Mental hospitals Bombay report 1929-33 - 1929-1933
Year: 1929
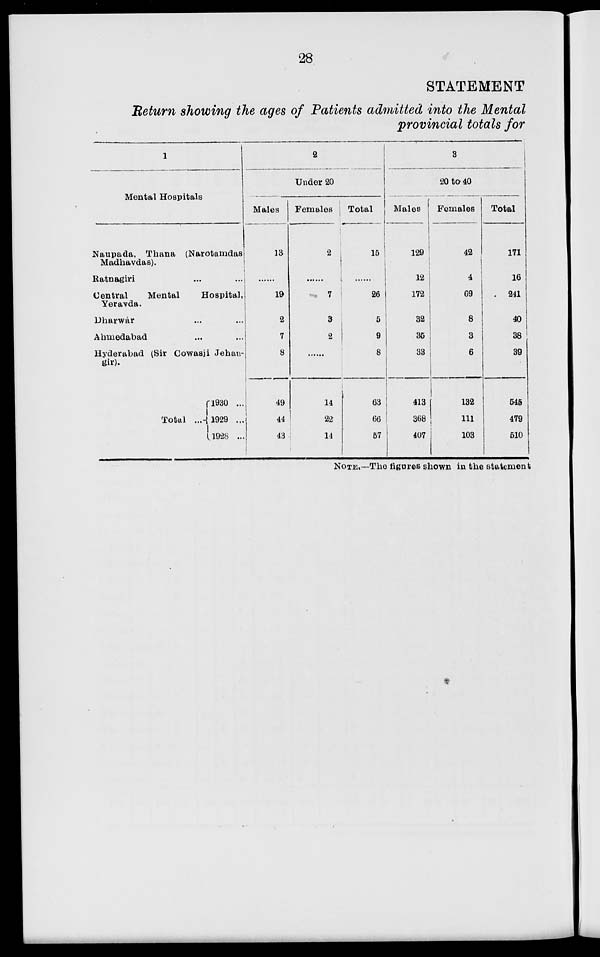
28
STATEMENT
Return showing the ages of Patients admitted into the Mental
provincial totals for
1
Mental Hospitals
Naupada, Thana (Narotamdas
Madhavdas).
Ratnagiri ... ...
Central
Mental
Hospital,
Yeravda.
Dharwar ... ...
Abmedabad ... ...
Hyderabad (Sir Cowasji Jehan-
gir).
Total ...
1930 ...
1929 ...
1928 ...
2
Under 20
Males
13
......
19
2
7
8
49
44
43
Females
2
.....
7
3
2
......
14
22
14
Total
15
26
5
9
8
63
66
57
3
20 to 40
Males
129
12
172
32
36
33
413
368
407
Females
42
4
69
8
3
6
132
111
103
Total
171
16
241
40
38
39
545
479
510
NOTE.—The figures shown in the statement